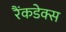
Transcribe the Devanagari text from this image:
रैंकडेक्स